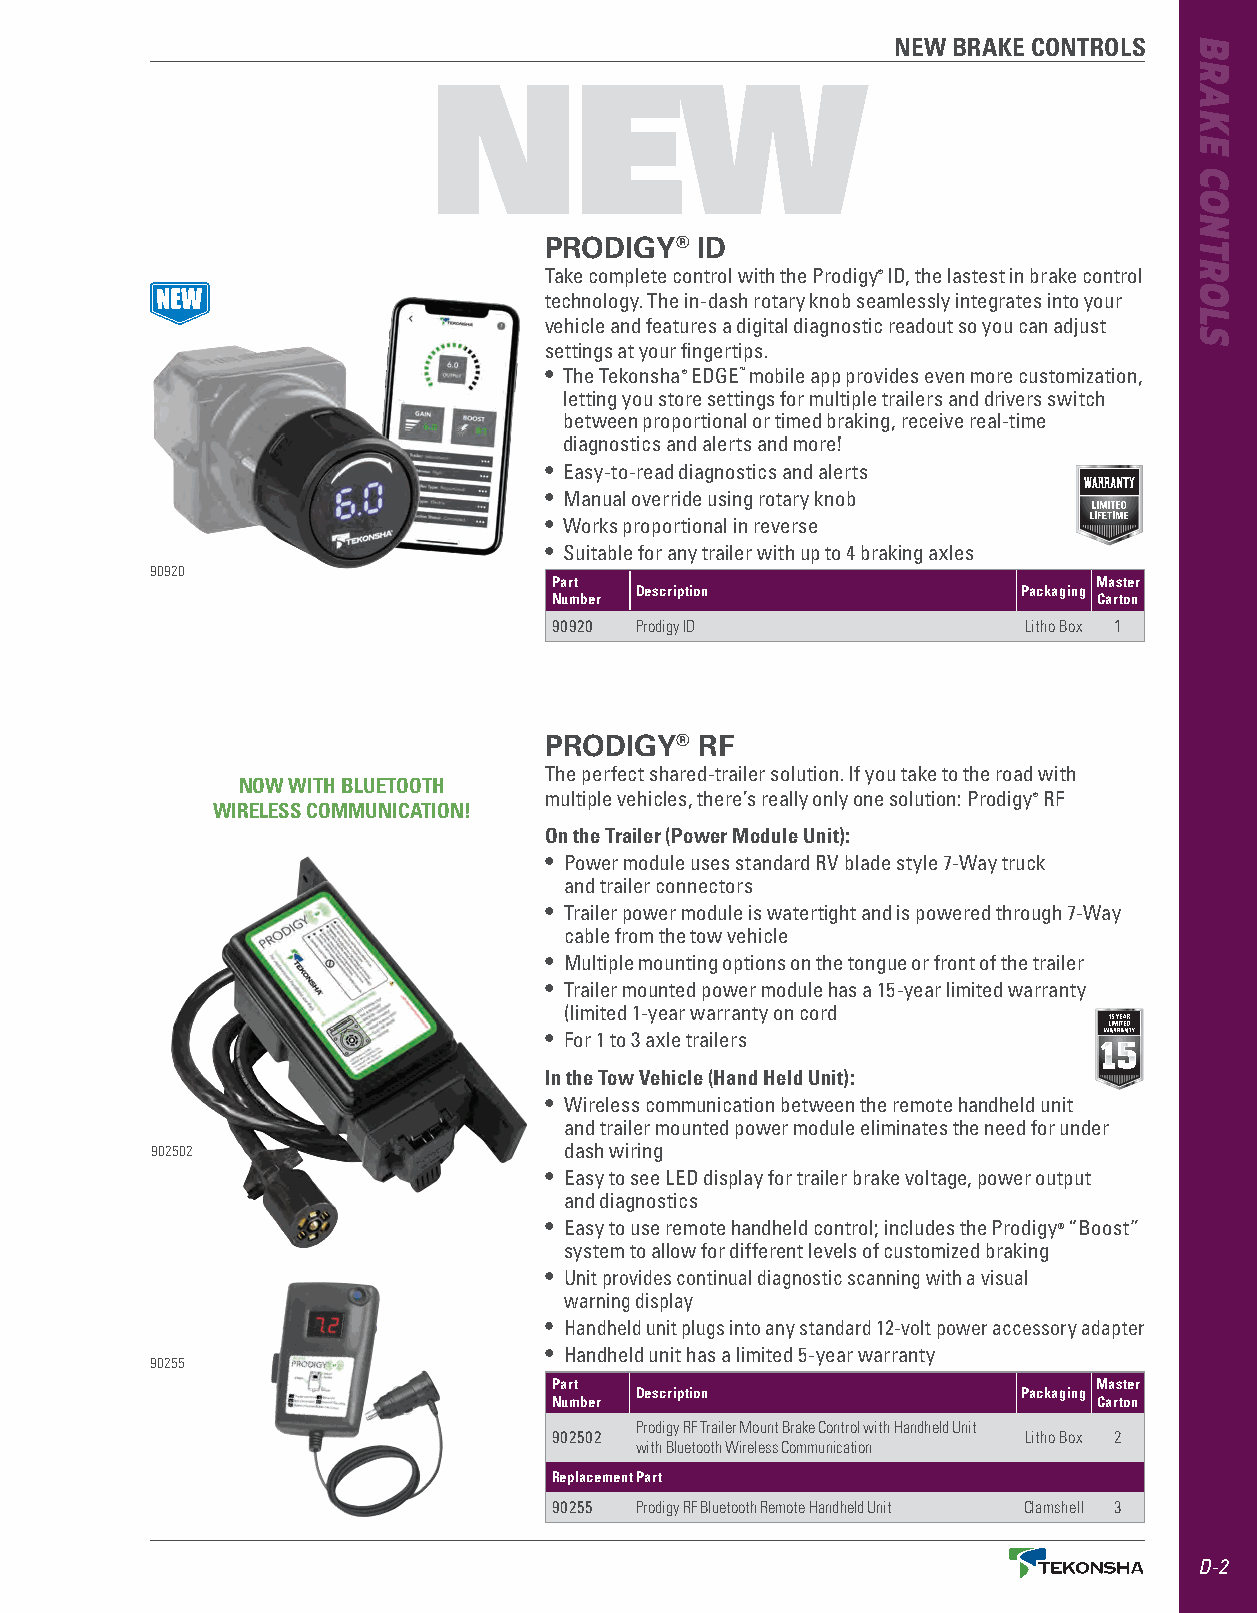
NEW BRAKE CONTROLS
 NEW
 PRODIGY®  ID
 Take complete control with the Prodigy® ID, the lastest in brake control
 technology . The in-dash rotary knob seamlessly integrates into your
 vehicle and features a digital diagnostic readout so you can adjust
 settings at your fingertips .
 • The Tekonsha® EDGE™ mobile app provides even more customization,
 letting you store settings for multiple trailers and drivers switch
 between proportional or timed braking, receive real-time
 diagnostics and alerts and more!
 • Easy-to-read diagnostics and alerts
 • Manual override using rotary knob
 • Works proportional in reverse
 • Suitable for any trailer with up to 4 braking axles
 90920
 Part                                Master
 Description               Packaging
 Number                              Carton
 90920 Prodigy ID               Litho Box 1
 PRODIGY®  RF
 The perfect shared-trailer solution . If you take to the road with
 NOW WITH BLUETOOTH
 multiple vehicles, there’s really only one solution: Prodigy® RF
 WIRELESS COMMUNICATION!
 On the Trailer (Power Module Unit):
 • Power module uses standard RV blade style 7-Way truck
 and trailer connectors
 • Trailer power module is watertight and is powered through 7-Way
 cable from the tow vehicle
 • Multiple mounting options on the tongue or front of the trailer
 • Trailer mounted power module has a 15-year limited warranty
 (limited 1-year warranty on cord
 • For 1 to 3 axle trailers
 In the Tow Vehicle (Hand Held Unit):
 • Wireless communication between the remote handheld unit
 and trailer mounted power module eliminates the need for under
 902502                     dash wiring
 • Easy to see LED display for trailer brake voltage, power output
 and diagnostics
 • Easy to use remote handheld control; includes the Prodigy® “Boost”
 system to allow for different levels of customized braking
 • Unit provides continual diagnostic scanning with a visual
 warning display
 • Handheld unit plugs into any standard 12-volt power accessory adapter
 • Handheld unit has a limited 5-year warranty
 90255
 Part                                Master
 Description               Packaging
 Number                              Carton
 Prodigy RF Trailer Mount Brake Control with Handheld Unit
 902502                         Litho Box 2
 with Bluetooth Wireless Communication
 Replacement Part
 90255 Prodigy RF Bluetooth Remote Handheld Unit Clamshell 3
 D-2
 BRAKE
 CONTROLS